Report on vaccination in Madras 1895-1903 - 1895-1903
Year: 1895
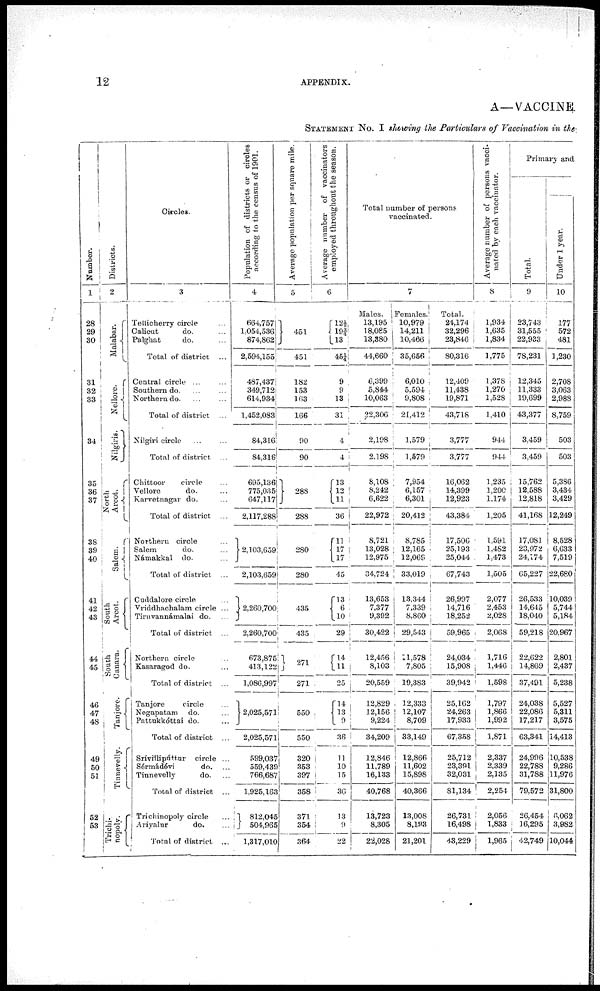
12
APPENDIX.
A— VACCINE
STATEMENT No. I showing the Particulars of Vaccination in the.
Number.
1
28
29
30
31
32
33
34
35
36
37
38
39
40
41
42
43
44
45
46
47
48
49
50
51
52
53
Districts.
2
Malabar.
Nellore.
Nilgiris.
North
Arcot.
Salem.
South
Arcot.
South
Canara.
Tanjore.
Tinnevelly.
Trichi¬
nopoly.
Circles.
3
Tellicherry circle ...
Calicut
do. ...
Palghat
do. ...
Total of district ...
Central circle ... ...
Southern do. ... ...
Northern do. ... ...
Total of district ...
Nilgiri circle ... ...
Total of district ...
Chittoor
circle ...
Vellore
do. ...
Karvetnagar do. ...
Total of district ...
Northern circle
...
Salem
do. ...
Námakkal do.
...
Total of district ...
Cuddalore circle
...
Vriddhachalam circle ...
Tiruvannámalai do. ...
Total of district ...
Northern circle
Kasaragod do. ...
Total of district ...
Tanjore
circle
...
Negapatam do. ...
Pattukkóttai do.
...
Total of district ...
Srívíllipúttur circle ...
Sérmádévi
do. ...
Tinnevelly
do. ...
Total of district ...
Trichinopoly circle ...
Ariyalur
do.
...
Total of district ...
Population of districts or circles
according to the census of 1901.
4
664,757
1.054,536
874,862
2,594,155
487,437
349,712
614,934
1,452,083
84,316
84,316
695,136
775,035
647,117
2,117,288
...
2,103,659
...
2,103,659
...
2,260,700
...
2,260,700
673,875
413,122
1,086,997
...
2,025,571
...
2,025,571
599,087
59,439
766,687
1,925,163
1 812 045
504,965
1,317,010
Average population per square mile
5
451
451
182
153
163
166
90
90
288
288
280
280
435
435
271
271
...
550
...
550
320
353
397
358
371
354
364
Average number of vaccinators
employed throughout the season.
6
12½
19¾
13
45¼
9
9
13
31
4
4
13
12
11
36
11
17
17
45
13
6
10
29
14
11
25
l4
13
9
36
11
10
15
36
13
9
22
Total number of persons
vaccinated.
7
Males,
13,195
18,085
13,380
44,660
6,399
5,844
10,063
22,306
2,198
2,198
8,108
8,242
6,622
22,972
8,721
13,028
12,975
34,724
13,653
7,377
9,392
30,422
12,456
8,103
20,559
12,829
12,156
9,224
34,209
12,846
11,789
16,133
40,768
13,723
8,305
22,028
Females.
10,979
14,211
10,466
35,656
6,010
5,594 .
9,808
21,412
1,579
1,579
7,954
6,157
6,301
20,412
8,785
12,165
12,069
33,019
13,344
7,339
8,860
29,543
11,578
7,805
19,383
12,333
12,107
8,709
33,149
12,866
11,602
15,898
40,366
13,008
8,193
21,201
Total.
24,174
32,296
23,846
80,316
12,409
11,438
19,871
43,718
3,777
3,777
16,062
14,399
12,923
43,384
17,506
25,193
25,044
67,743
26,997
14,716
18,252
59,965
24,034
15,908
39,942
25,162
24,263
17,933
67,358
25,712
23,391
32,031
81,134
26,731
16,498
43,229
Average number of persons vacci¬
nated by each vaccinator.
8
1,934
1,635
1,834
1,775
1,378
1,270
1,528
1,410
944
944
1,235
1,200
1,174
1,205
1,591
1,482
1,473
1,505
2,077
2,453
2,028
2,068
1,716
1,446
1,598
1,797
1,866
1,992
1,871
2,337
2,339
2,135
2,254
2,056
1,833
1,965
Primary and
Total.
9
23,743
31,555
22,933
78,231
12,345
11,333
19,699
43,377
3,459
3,459
15,762
12,588
12,818
41,168
17,081
23,972
24,174
65,227
26,533
14,645
18,040
59,218
22,622
14,869
37,491
24,038
22,086
17,217
63,341
24,996
22,788
31,788
79,572
26,454
16,295
42,749
Under 1 year.
10
177
572
481
1,230
2,708
3,063
2,988
8,759
503
503
5,386
3,434
3,429
12,249
8,528
6,633
7,519
22,680
10,039
5,744
5,184
20,967
2,801
2,437
5,238
5,527
5,311
3,575
14,413
10,538
9,286
11,976
31,800
6,062
3,982
10,044